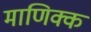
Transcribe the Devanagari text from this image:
माणिक्क